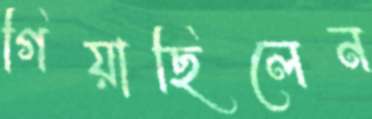
গিয়াছিলেন